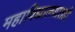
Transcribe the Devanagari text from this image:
महाविद्यालयातही